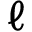
\ell